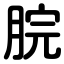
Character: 脘